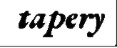
tapery